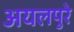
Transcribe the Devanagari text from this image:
अयलपुरे